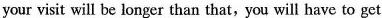
your visit will be longer than that, you will have to get